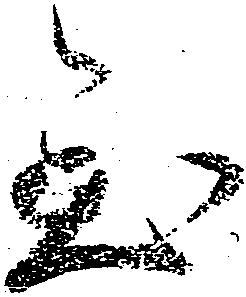
至